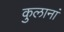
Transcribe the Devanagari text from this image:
कुलानां